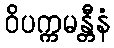
ဝိပက္ကမန္တီနံ